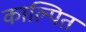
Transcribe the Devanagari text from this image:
काल्पित